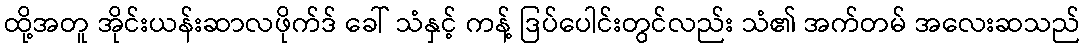
ထို့အတူ အိုင်းယန်းဆာလဖိုက်ဒ် ခေါ် သံနှင့် ကန့် ဒြပ်ပေါင်းတွင်လည်း သံ၏ အက်တမ် အလေးဆသည်